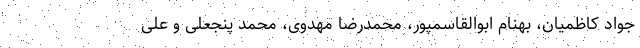
جواد کاظمیان، بهنام ابوالقاسمپور، محمدرضا مهدوی، محمد پنجعلی و علی